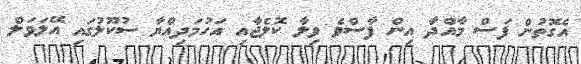
އެގޮތުން ފަސް މާއްދާ އިން ފާސްވެ ވިލާ ކޮލެޖާއި އަހުމަދިއްޔާ ސުކޫލުގައި އޭލަވަލް